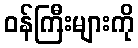
ဝန်ကြီးများကို